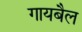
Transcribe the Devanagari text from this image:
गायबैल